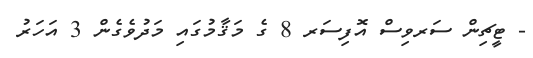
- ޓީޗިން ސަރވިސް އޮފިސަރ 8 ގެ މަޤާމުގައި މަދުވެގެން 3 އަހަރު